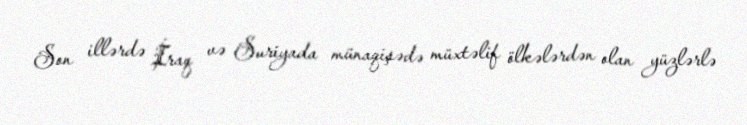
Son illərdə İraq və Suriyada münaqişədə müxtəlif ölkələrdən olan yüzlərlə